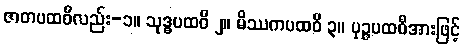
ဇာတပထဝီလည်း-၁။ သုဒ္ဓပထဝီ ၂။ မိဿကပထဝီ ၃။ ပုဉ္ဇပထဝီအားဖြင့်